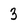
Character: 3